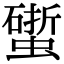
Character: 𧑧